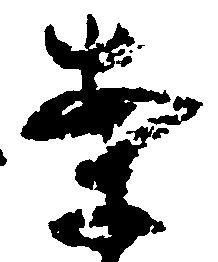
案